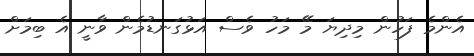
އެންމެ ފަހުން މިދިޔަ މޭ މަހު ވެސް އަޅުގަނޑުމެން ވާނީ އެ ބިމަށް